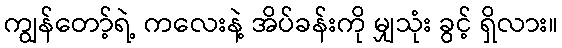
ကျွန်တော့်ရဲ့ ကလေးနဲ့ အိပ်ခန်းကို မျှသုံး ခွင့် ရှိလား။